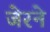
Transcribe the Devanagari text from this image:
जेरने